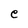
Character: e